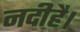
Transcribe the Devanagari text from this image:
नदीहै।